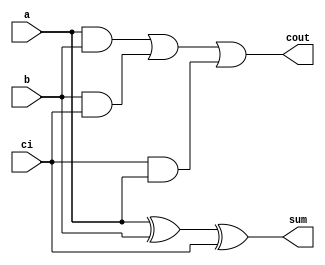
module fa(a, b, ci, sum, cout);
// input and output declaration
input  a, b, ci;
output sum, cout;

// wire and reg declaration


// module instance
xor u0 (sum, a, b, ci);
and u1 (net1, a, b);
and u2 (net2, b, ci);
and u3 (net3, ci, a);
or u4 (cout, net1, net2, net3);

endmodule